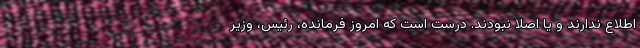
اطلاع ندارند و یا اصلا نبودند. درست است که امروز فرمانده، رئیس، وزیر